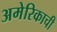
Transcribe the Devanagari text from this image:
अमेरिकाची